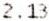
2.13